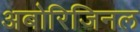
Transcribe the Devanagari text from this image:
अबोरिजिनल